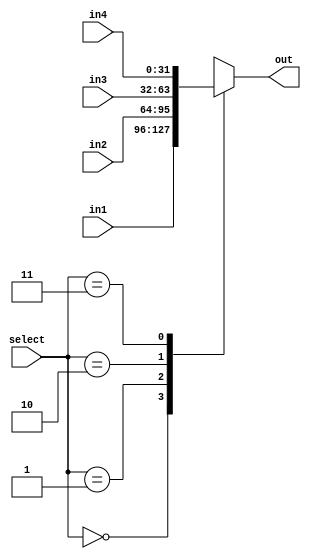
module mux4x1 (
    input [31:0]in1,
    input [31:0]in2,
    input [31:0]in3,
    input [31:0]in4,
    input [1:0]select,
    output reg [31:0] out
);

always @(*) begin
    case (select)
        2'b00:begin
            out<=in1;
        end
        2'b01:begin
            out<=in2;
        end
        2'b10:begin
            out<=in3;
        end
        2'b11:begin
            out<=in4;
        end
    endcase
end
    
endmodule